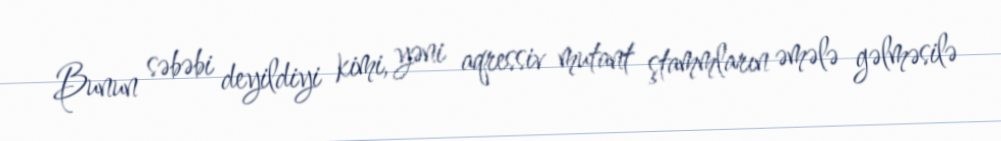
Bunun səbəbi deyildiyi kimi, yəni aqressiv mutant ştammların əmələ gəlməsilə